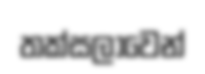
තක්සලාවෙන්